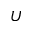
\boldsymbol { U }